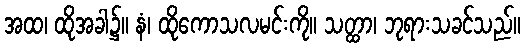
အထ၊ ထိုအခါ၌။ နံ၊ ထိုကောသလမင်းကို။ သတ္ထာ၊ ဘုရားသခင်သည်။